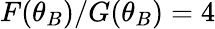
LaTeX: F(\theta_{B})/G(\theta_{B})=4